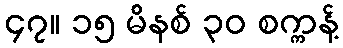
၄၇။ ၁၅ မိနစ် ၃၀ စက္ကန့်